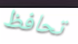
تحافظ